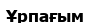
Ұрпағым